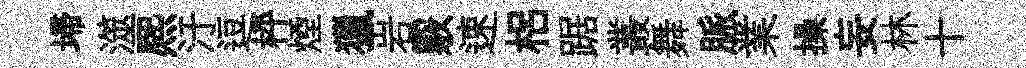
埽澨熈汙逗枰煙獵岩覈速梠踞叢舞脈業操妄林十